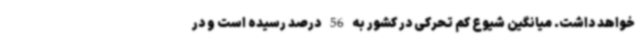
خواهد داشت. میانگین شیوع کم تحرکی در کشور به 56 درصد رسیده است و در